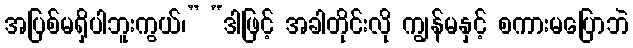
အပြစ်မရှိပါဘူးကွယ်၊” “ဒါဖြင့် အခါတိုင်းလို ကျွန်မနှင့် စကားမပြောဘဲ